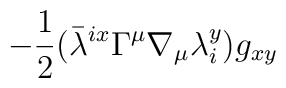
-\frac{1}{2}({\bar{\lambda}}^{ix} \Gamma^{\mu} \nabla_{\mu}\lambda_{i}^{y}) g_{xy}